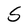
Character: S